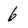
Character: 6